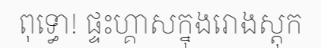
ពុទ្ធោ! ផ្ទះហ្គាសក្នុងរោងស្តុក